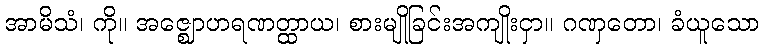
အာမိသံ၊ ကို။ အဇ္ဈောဟရဏတ္ထာယ၊ စားမျိုခြင်းအကျိုးငှာ။ ဂဏှတော၊ ခံယူသော